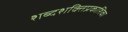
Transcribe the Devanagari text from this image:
शब्दशक्तिप्रकाशिका